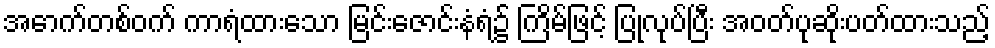
အောက်တစ်ဝက် ကာရံထားသော မြင်းဇောင်းနံရံ၌ ကြိမ်ဖြင့် ပြုလုပ်ပြီး အဝတ်ပုဆိုးပတ်ထားသည့်